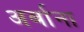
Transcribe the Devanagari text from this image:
अर्बाना